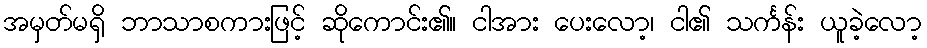
အမှတ်မရှိ ဘာသာစကားဖြင့် ဆိုကောင်း၏။ ငါအား ပေးလော့၊ ငါ၏ သင်္ကန်း ယူခဲ့လော့